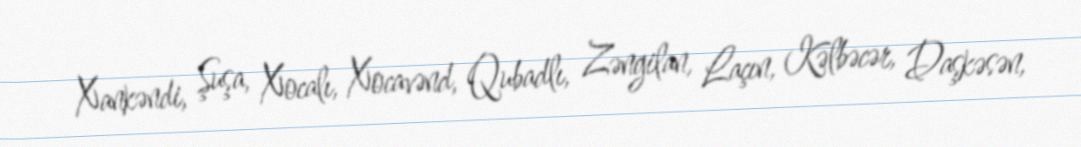
Xankəndi, Şuşa, Xocalı, Xocavənd, Qubadlı, Zəngilan, Laçın, Kəlbəcər, Daşkəsən,